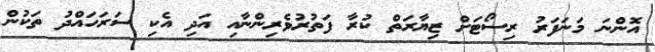
އޮންނަ މަނަފަރު ރިސޯޓަށް ޒިޔާރަތް ކުރާ ފަތުރުވެރިންނާއި އަދި އެކި ސަރަހައްދު ތަކުން